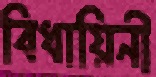
বিধায়িনী